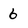
Character: 6